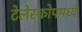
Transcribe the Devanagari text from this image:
टेलेस्कोपमध्ये